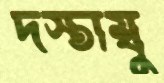
দস্তাম্বু